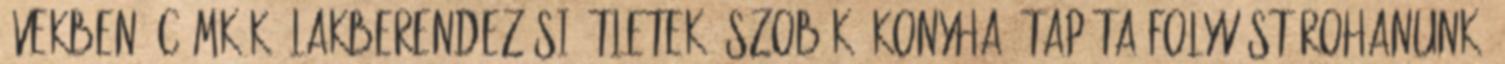
években. Címkék: lakberendezési ötletek, szobák: konyha, tapéta Folyvást rohanunk,